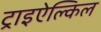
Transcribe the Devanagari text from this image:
ट्राइऐल्किल